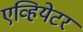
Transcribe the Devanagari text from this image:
एव्हियेटर